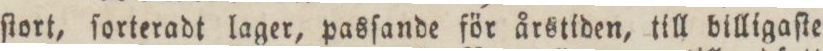
ſtort, ſorteradt lager, pasſande för årstiden, till billigaſte